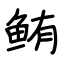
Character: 鲔